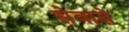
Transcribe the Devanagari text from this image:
सेवासे